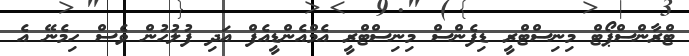
ޓްރާންސްޕޯޓް މިނިސްޓްރީ ޑިފެންސް މިނިސްޓްރީ އެމްއެންޑީއެފް އަދި ފުލުހުން ވެސް ހިމެނޭ އެ